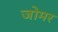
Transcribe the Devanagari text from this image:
जोमर